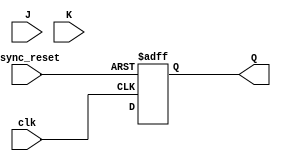
module master_slave_jk_ff (
    input J, K, clk, async_reset,
    output reg Q
);

reg Q_next;
reg Q_internal;

// Master block
always @(posedge clk or negedge async_reset) begin
    if (!async_reset) begin
        Q_internal <= 1'b0;
    end else begin
        case ({J, K})
            2'b00: Q_internal <= Q_internal;
            2'b01: Q_internal <= 1'b0;
            2'b10: Q_internal <= 1'b1;
            2'b11: Q_internal <= ~Q_internal;
        endcase
    end
end

// Slave block
always @(posedge clk or negedge async_reset) begin
    if (!async_reset) begin
        Q <= 1'b0;
    end else begin
        Q <= Q_next;
    end
end

endmodule